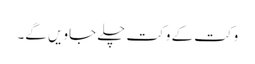
وکت کے وکت چلے جاویں گے۔